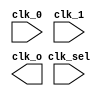
// This program was cloned from: https://github.com/chipsalliance/aib-phy-hardware
// License: Apache License 2.0

// SPDX-License-Identifier: Apache-2.0
// Copyright (C) 2019 Intel Corporation. 
//****************************************************************************************
// (C) 2011 Altera Corporation. .
//
//****************************************************************************************

//------------------------------------------------------------------------
// Description: standard clock mux
//
//------------------------------------------------------------------------

module altr_hps_ckmux21
    (
    input  wire              clk_0,     // clock 0
    input  wire              clk_1,     // clock 1
    input  wire              clk_sel,   // clock selector
    output  wire             clk_o      // clock out
     );

`ifdef ALTR_HPS_INTEL_MACROS_OFF
    assign clk_o = clk_sel ? clk_1 : clk_0;
`else

`endif

endmodule // altr_hps_ckmux21